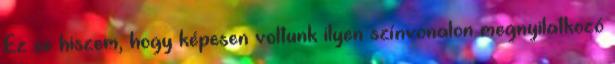
Ez se hiszem, hogy képesen voltunk ilyen színvonalon megnyilatkozó